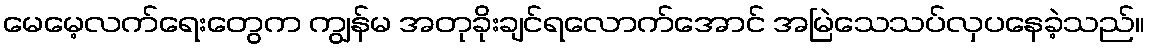
မေမေ့လက်ရေးတွေက ကျွန်မ အတုခိုးချင်ရလောက်အောင် အမြဲသေသပ်လှပနေခဲ့သည်။